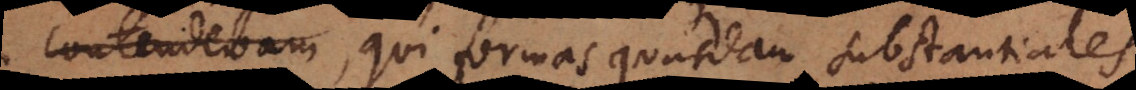
veterescontendebam, qui formas quasdam substantiales